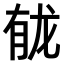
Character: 𫜲